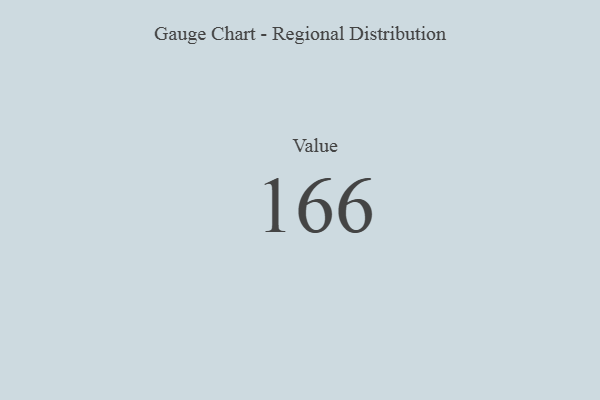
{"axis": {"x": "Metric", "y": "Value"}, "legend": [""], "data": [{"x": "Value", "y": 166, "type": ""}]}